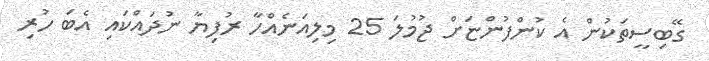
ގޭބިސީތަކުން އެ ކުންފުންޏަށް ޖުމުލަ 25 މިލިއަނެއްހާ ރުފިޔާ ނުދައްކައި އެބަ ހުރި